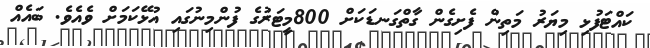
ކައްޓަފުޅި މިޔަރު މަތިން ފެށިގެން ގާތްގަނޑަކަށް 800މީޓަރުގެ ފުންމިނުގައި އުޅޭކަމަށް ވެއެވެ. ބައެއް